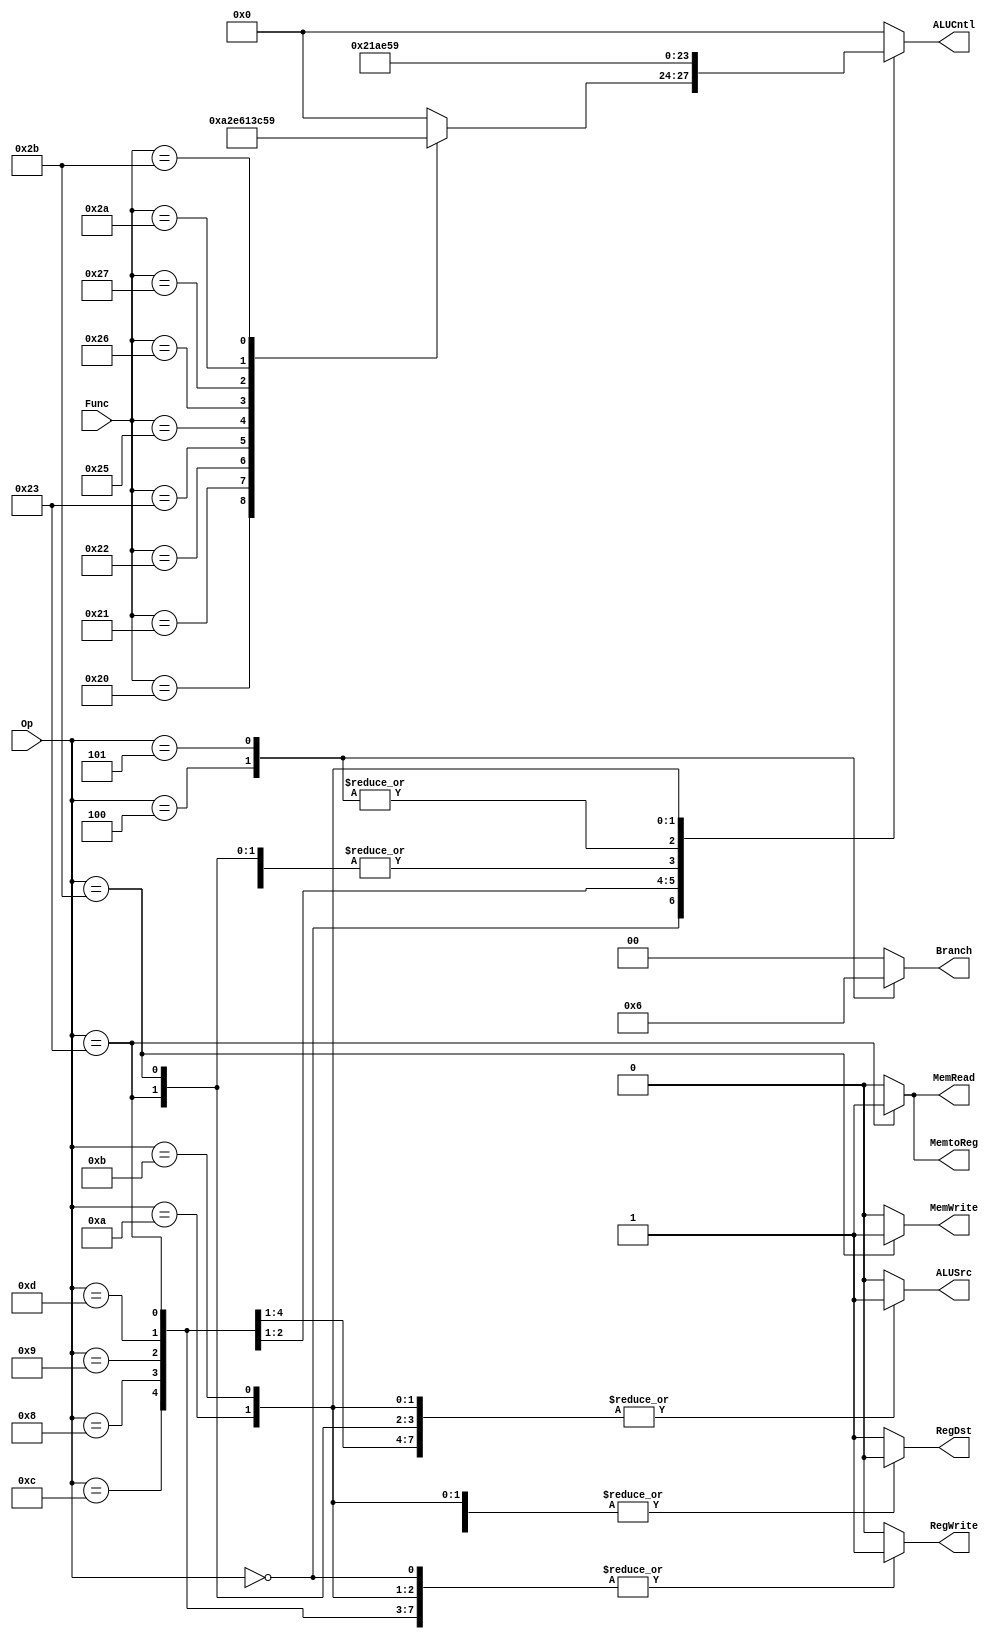
`timescale 1ns / 1ps
//////////////////////////////////////////////////////////////////////////////////
// Company: 
// Engineer: 
// 
// Design Name: 
// Module Name: Control
// Project Name: 
// Target Devices: 
// Tool Versions: 
// Description: 
// 
// Dependencies: 
// 
// Revision:
// Revision 0.01 - File Created
// Additional Comments:
// 
//////////////////////////////////////////////////////////////////////////////////


module Control(
    input [5:0] Op, Func,
    output reg [1:0] Branch,
    output reg RegWrite, RegDst, MemRead, MemWrite, MemtoReg, ALUSrc,
    output reg [3:0] ALUCntl
    );
    always@(*)begin
        case(Op)
            6'b0: begin
                RegWrite = 1'b1;
                RegDst = 1'b1;
                ALUSrc = 1'b0;
                Branch = 2'b00;
                MemtoReg = 1'b0;
                MemRead = 1'b0;
                MemWrite = 1'b0;
                case(Func)
                6'h20:ALUCntl = 4'b1010;
                6'h21:ALUCntl = 4'b0010;
                6'h22:ALUCntl = 4'b1110;
                6'h23:ALUCntl = 4'b0110;
                6'h24:ALUCntl = 4'b0000;
                6'h25:ALUCntl = 4'b0001;
                6'h26:ALUCntl = 4'b0011;
                6'h27: ALUCntl = 4'b1100;
                6'h2A: ALUCntl = 4'b0101;
                6'h2B: ALUCntl = 4'b1001;
                default: ALUCntl = 4'b0000;
            endcase
        end
        6'h08:begin //Add Immediate
            RegWrite = 1'b1;
            RegDst = 1'b0;
            ALUSrc = 1'b1;
            Branch = 2'b00;
            MemtoReg = 1'b0;
            MemRead = 1'b0;
            MemWrite = 1'b0;
            ALUCntl = 4'b1010;
        end
        6'h09:begin //Add I Unsigned
            RegWrite = 1'b1;
            RegDst = 1'b0;
            ALUSrc = 1'b1;
            Branch = 2'b00;
            MemtoReg = 1'b0;
            MemRead = 1'b0;
            MemWrite = 1'b0;
            ALUCntl = 4'b0010;    
        end
        6'h0C:begin //And Immediate
            RegWrite = 1'b1;
            RegDst = 1'b0;
            ALUSrc = 1'b1;
            Branch = 2'b00;
            MemtoReg = 1'b0;
            MemRead = 1'b0;
            MemWrite = 1'b0;
            ALUCntl = 4'b0000;
        end
        6'h0D:begin //Or Immediate
            RegWrite = 1'b1;
            RegDst = 1'b0;
            ALUSrc = 1'b1;
            Branch = 2'b00;
            MemtoReg = 1'b0;
            MemRead = 1'b0;
            MemWrite = 1'b0;
            ALUCntl = 4'b0001;
        end
        6'h23:begin //load word
            RegWrite = 1'b1;
            RegDst = 1'b0;
            ALUSrc = 1'b1;
            Branch = 2'b00;
            MemtoReg = 1'b1;
            MemRead = 1'b1;
            MemWrite = 1'b0;
            ALUCntl = 4'b1010;        
        end
        6'h2B:begin //store word 
            RegWrite = 1'b0;
            RegDst = 1'b0;
            ALUSrc = 1'b1;
            Branch = 2'b00;
            MemtoReg = 1'b0;
            MemRead = 1'b0;
            MemWrite = 1'b1;
            ALUCntl = 4'b1010;
        end
        6'h04:begin //beq
            RegWrite = 1'b0;
            RegDst = 1'b0;
            ALUSrc = 1'b0;
            Branch = 2'b01;
            MemtoReg = 1'b0;
            MemRead = 1'b0;
            MemWrite = 1'b0;
            ALUCntl = 4'b1110;    
        end
        6'h05:begin //bne
            RegWrite = 1'b0;
            RegDst = 1'b0;
            ALUSrc = 1'b0;
            Branch = 2'b10;
            MemtoReg = 1'b0;
            MemRead = 1'b0;
            MemWrite = 1'b0;
            ALUCntl = 4'b1110; 
        end
        6'h0A:begin //slt Immediate
            RegWrite = 1'b1;
            RegDst = 1'b0;
            ALUSrc = 1'b1;
            Branch = 2'b00;
            MemtoReg = 1'b0;
            MemRead = 1'b0;
            MemWrite = 1'b0;
            ALUCntl = 4'b0101;
        end
        6'h0B:begin //slt I Unsigned
            RegWrite = 1'b1;
            RegDst = 1'b0;
            ALUSrc = 1'b1;
            Branch = 2'b00;
            MemtoReg = 1'b0;
            MemRead = 1'b0;
            MemWrite = 1'b0;
            ALUCntl = 4'b1001;
        end
        default:begin
            RegWrite = 1'b0;
            RegDst = 1'b1;
            ALUSrc = 1'b0;
            Branch = 2'b00;
            MemtoReg = 1'b0;
            MemRead = 1'b0;
            MemWrite = 1'b0;
            ALUCntl = 4'b0000;
        end 
    endcase
    end
endmodule